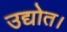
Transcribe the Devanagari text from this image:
उद्योत।